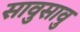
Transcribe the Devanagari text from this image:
सावुसावु